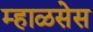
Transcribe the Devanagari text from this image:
म्हाळसेस